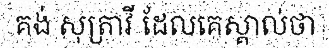
គង់ សុត្រាវី ដែលគេស្គាល់ថា